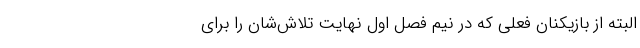
البته از بازیکنان فعلی‌ که در نیم فصل اول نهایت تلاش‌شان را برای